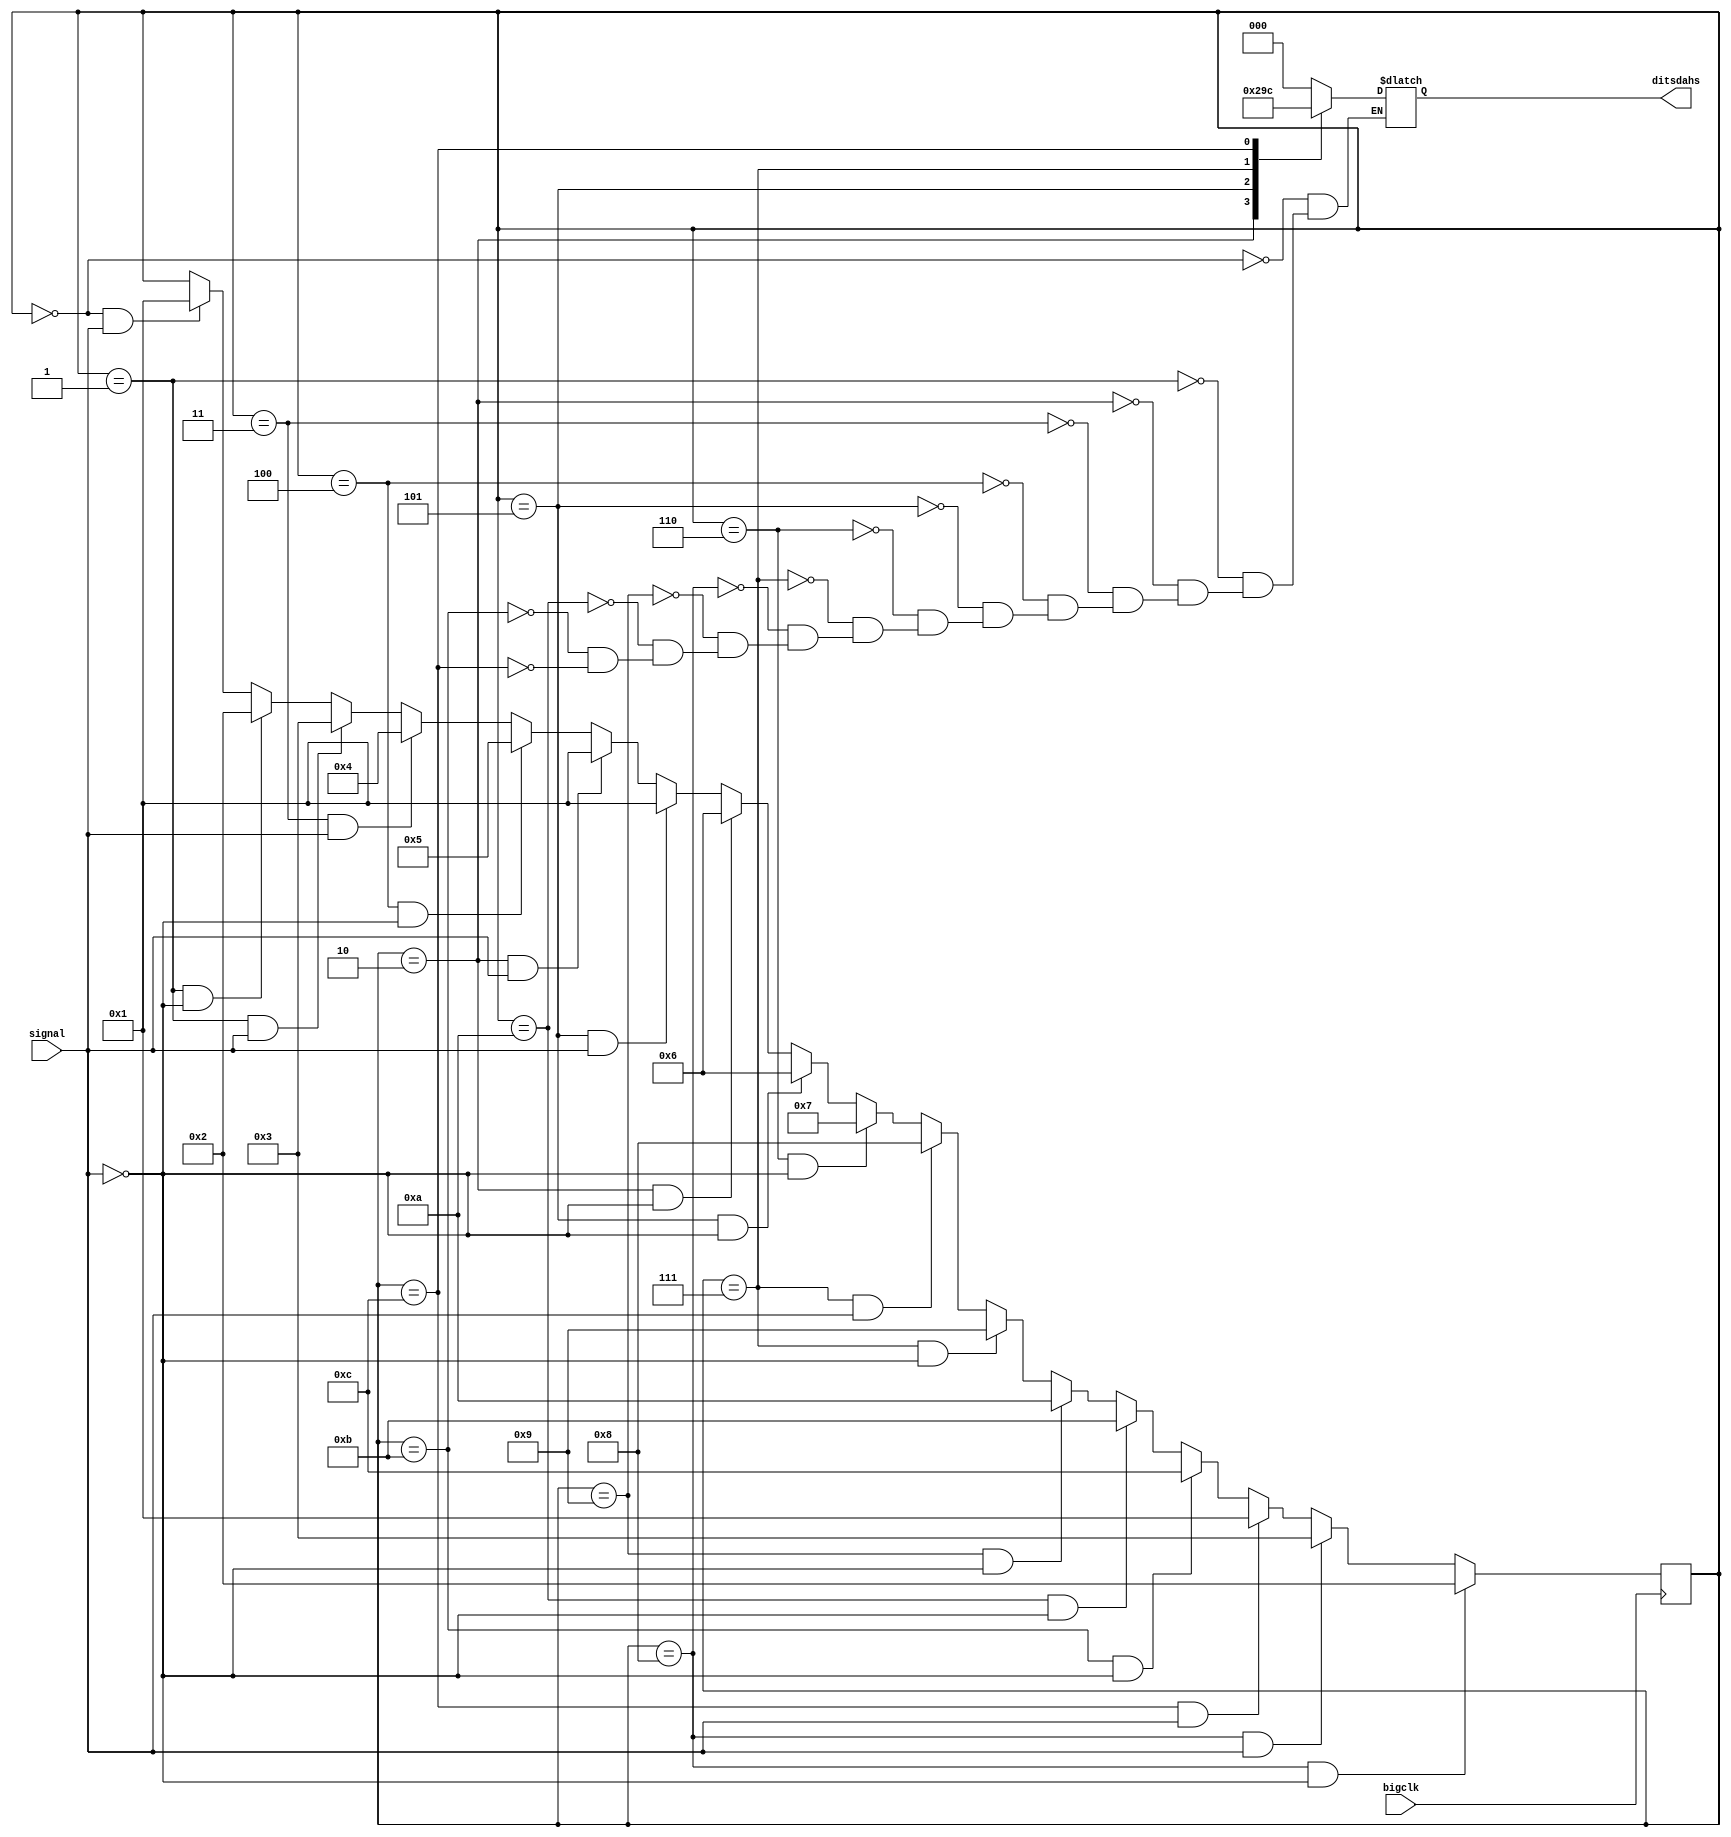
module DitsMachine (
  output reg [2:0] ditsdahs,
  input signal,
  input bigclk
  );

// State encoding (binary counter)
reg [3:0] state;
localparam INIT = 0,
           GOTONE = 1,
           ONEZERO = 2,
           ONEONE = 3,
           ONEONEONE = 4,
           ONEONEONEZERO = 5,
           ZEROZERO = 6,
           ZEROZEROZERO = 7,
           ZEROZEROZEROONE = 8,
           ZEROZEROZEROZERO= 9,
           ZEROZEROZEROZEROZERO = 10,
           ZEROZEROZEROZEROZEROZERO = 11,
           ZEROZEROZEROZEROZEROZEROZERO = 12;


//Initialize state to IF_
initial begin
  state = INIT;
end

// Change state on the p-clk edge
always @ (posedge bigclk) begin
  // Transitions from IF_
  if (state == INIT && signal == 1) begin
    state <= GOTONE;
  end
  if (state == GOTONE && signal == 0) begin
    state <= ONEZERO;
  end
  if (state == GOTONE && signal == 1) begin
    state <= ONEONE;
  end
  if (state == ONEONE && signal == 1) begin
    state <= ONEONEONE;
  end
  if (state == ONEONEONE && signal == 0) begin
    state <= ONEONEONEZERO;
  end
  if (state == ONEZERO && signal == 1) begin
    state <= GOTONE;
  end
  if (state == ONEONEONEZERO && signal == 1) begin
    state <= GOTONE;
  end
  if (state == ONEZERO && signal == 0) begin
    state <= ZEROZERO;
  end
  if (state == ONEONEONEZERO && signal == 0) begin
    state <= ZEROZERO;
  end
  if (state == ZEROZERO && signal == 0) begin
    state <= ZEROZEROZERO;
  end
  if (state == ZEROZEROZERO && signal == 1) begin
    state <= ZEROZEROZEROONE;
  end
  if (state == ZEROZEROZERO && signal == 0) begin
    state <= ZEROZEROZEROZERO;
  end
  if (state == ZEROZEROZEROZERO && signal == 0) begin
    state <= ZEROZEROZEROZEROZERO;
  end
  if (state == ZEROZEROZEROZEROZERO && signal == 0) begin
    state <= ZEROZEROZEROZEROZEROZERO;
  end
  if (state == ZEROZEROZEROZEROZEROZERO && signal == 0) begin
    state <= ZEROZEROZEROZEROZEROZEROZERO;
  end
  if (state == ZEROZEROZEROZEROZEROZEROZERO && signal == 1) begin
    state <= GOTONE;
  end
  if (state == ZEROZEROZEROONE && signal == 1) begin
    state <= ONEONE;
  end
  if (state == ZEROZEROZEROONE && signal == 0) begin
    state <= ONEZERO;
  end
  // if (state == EX_SUB) begin
  //   state <= WB_ADD_SUB_SLT;
  // end
  // if (state == EX_SLT) begin
  //   state <= WB_ADD_SUB_SLT;
  // end
  // if (state == EX_JR) begin
  //   state <= IF_;
  // end
  // if (state == EX_BEQ) begin
  //   state <= IF_;
  // end
  // if (state == EX_BNE) begin
  //   state <= IF_;
  // end
  // // Transitions from MEM
  // if (state == MEM_LW) begin
  //   state <= WB_LW;
  // end
  // if (state == MEM_SW) begin
  //   state <= IF_;
  // end
  //
  // // Transition from WB
  // if (state == WB_LW || state == WB_ADDI_XORI || state == WB_ADD_SUB_SLT) begin
  //   state <= IF_;
  // end
end

// output reg logic (depends only on state - Moore machine)
always @ (state) begin
  case (state)
    INIT: begin ditsdahs = 0; end
    GOTONE: begin ditsdahs = 0; end
    ONEZERO: begin ditsdahs = 1; end
    ONEONE: begin ditsdahs = 0; end
    ONEONEONE: begin ditsdahs = 0; end
    ONEONEONEZERO: begin ditsdahs = 2; end
    ZEROZERO: begin ditsdahs = 0; end
    ZEROZEROZERO: begin ditsdahs = 3; end
    ZEROZEROZEROONE: begin ditsdahs = 0; end
    ZEROZEROZEROZERO: begin ditsdahs = 0; end
    ZEROZEROZEROZEROZERO: begin ditsdahs = 0; end
    ZEROZEROZEROZEROZEROZERO: begin ditsdahs = 0; end
    ZEROZEROZEROZEROZEROZEROZERO: begin ditsdahs = 4; end
  endcase
end
endmodule